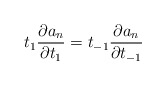
\begin{align*}t_{1}\frac{\partial a_{n}}{\partial t_{1}}=t_{-1}\frac{\partial a_{n}}{\partial t_{-1}}\end{align*}